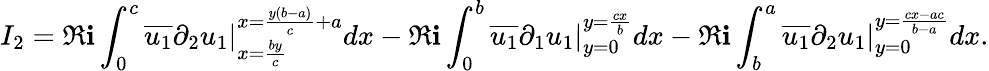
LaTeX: I_{2}=\Re\mathbf{i}\int_{0}^{c}\overline{{{u_{1}}}}\partial_{2}u_{1}|_{x=\frac{{by}}{{c}}}^{x=\frac{{y(b-a)}}{{c}}+a}dx-\Re\mathbf{i}\int_{0}^{b}\overline{{{u_{1}}}}\partial_{1}u_{1}|_{y=0}^{y=\frac{{cx}}{{b}}}dx-\Re\mathbf{i}\int_{b}^{a}\overline{{{u_{1}}}}\partial_{2}u_{1}|_{y=0}^{y=\frac{{cx-ac}}{{b-a}}}dx.